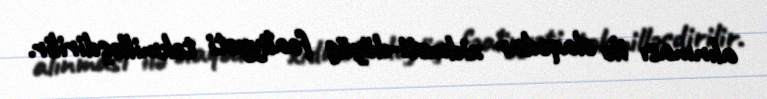
alınması ilə əlaqədar xidməti-döyüş fəaliyyəti təkmilləşdirilir.